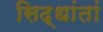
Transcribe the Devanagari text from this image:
सिद्धांतां